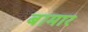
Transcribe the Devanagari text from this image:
बामार